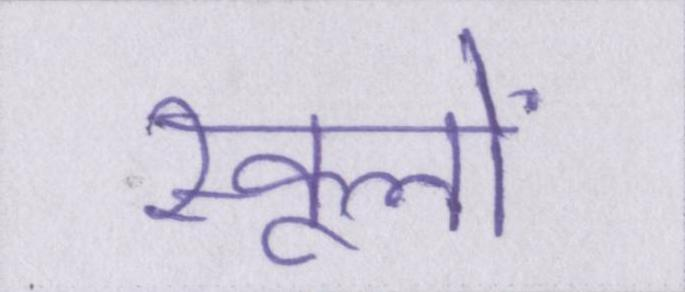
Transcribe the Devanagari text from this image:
स्कूलों